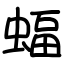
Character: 蝠